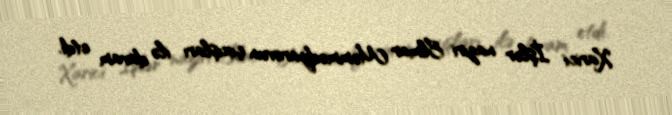
Xarici İşlər naziri Elmar Məmmədyarovun çıxışları ilə davam etdi.